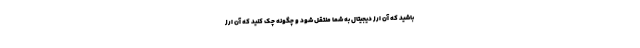
باشید که آن ارز دیجیتال به شما منتقل شود و چگونه چک کنید که آن ارز